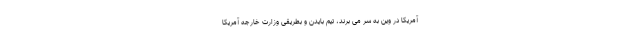
آمریکا در وین به سر می برند، تیم بایدن و بطریقی وزارت خارجه آمریکا